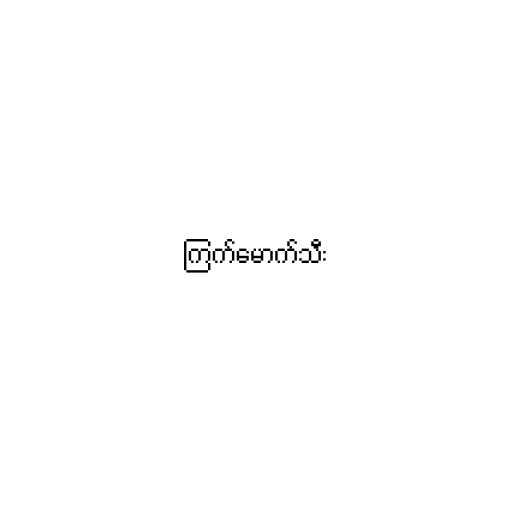
ကြက်မောက်သီး